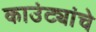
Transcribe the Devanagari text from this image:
काउंट्यांचे